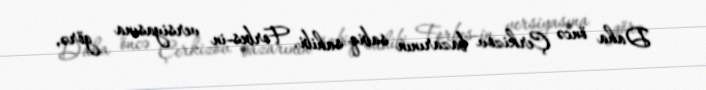
Daha öncə Çerkizov bazarının sabiq sahibi, Forbes-in versiyasına görə,